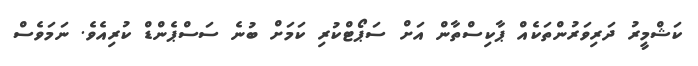
ކަޝްމީރު ދަރިވަރުންތަކެއް ޕާކިސްތާން އަށް ސަޕޯޓްކުރި ކަމަށް ބުނެ ސަސްޕެންޑް ކުރިއެވެ. ނަމަވެސް